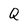
Character: Q